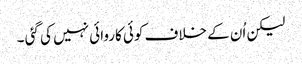
لیکن اُن کے خلاف کوئی کاروائی نہیں کی گئی ۔